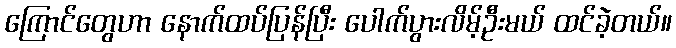
ကြောင်တွေဟာ နောက်ထပ်ပြန်ပြီး ပေါက်ပွားလိမ့်ဦးမယ် ထင်ခဲ့တယ်။